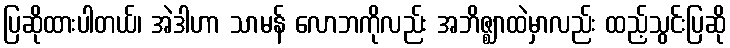
ပြဆိုထားပါတယ်၊ အဲဒါဟာ သာမန် လောဘကိုလည်း အဘိဇ္ဈာထဲမှာလည်း ထည့်သွင်းပြဆို